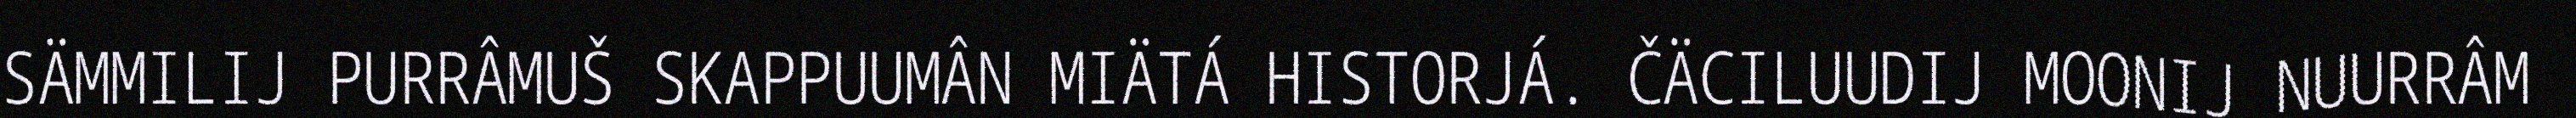
SÄMMILIJ PURRÂMUŠ SKAPPUUMÂN MIÄTÁ HISTORJÁ. ČÄCILUUDIJ MOONIJ NUURRÂM